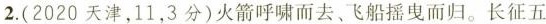
2.(2020天津，11，3分)火箭呼啸而去、飞船摇曳而归。长征五